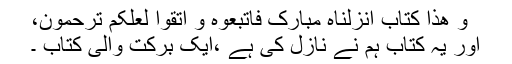
و ھذا کتاب انزلناہ مبارک فاتبعوہ و اتقوا لعلکم ترحمون،
اور یہ کتاب ہم نے نازل کی ہے ،ایک برکت والی کتاب ۔